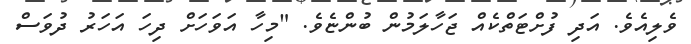
ވެލިއެވެ. އަދި ފުށްޓަތްކެއް ޖަހާލަމުން ބުންޏެވެ. "މިހާ އަވަހަށް ދިހަ އަހަރު ދުވަސް